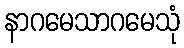
နာဂမေသာဂမေသုံ